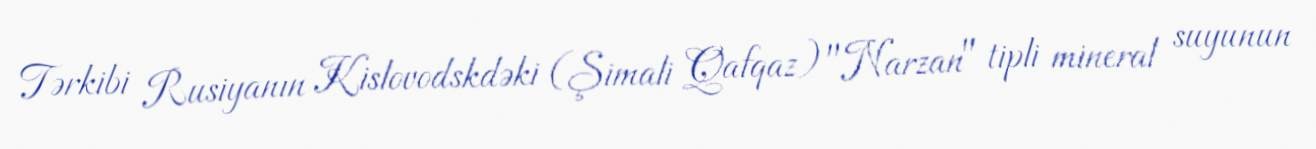
Tərkibi Rusiyanın Kislovodskdəki (Şimali Qafqaz) "Narzan" tipli mineral suyunun